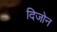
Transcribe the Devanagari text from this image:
दिजोन